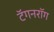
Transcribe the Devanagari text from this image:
टॅगनरॉग